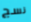
نسج